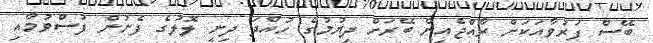
ބޭސް ފަރުވާއަކަށް ރާއްޖެއިން ބޭރަށް ދިޔުމުގެ ހުއްދަ ދިނީ ލޮލުގެ ފެނުން ފުސްވުމާއި